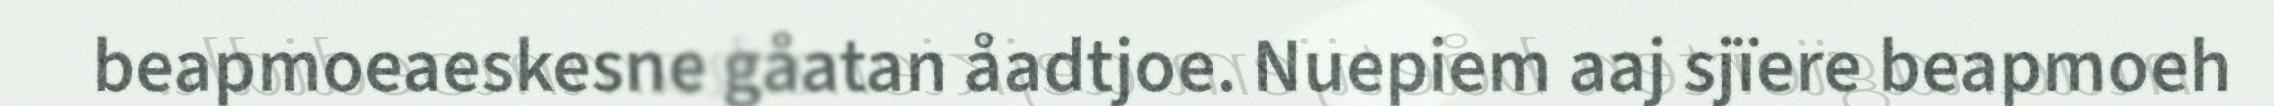
beapmoeaeskesne gåatan åadtjoe. Nuepiem aaj sjïere beapmoeh